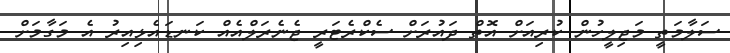
ސަލާމަތީ މަޖިލީހުން ކުރިއަށް އޮތް ދައުރަށް ސެކްރެޓަރީ ޖެނެރަލްއެއް ކަނޑައެޅިއިރު އެ މަގާމަށް